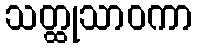
သတ္ထုသာဝကာ